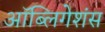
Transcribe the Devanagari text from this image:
ऑब्लिगेशंस